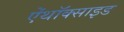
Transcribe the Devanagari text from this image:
ऐंथॉक्साइड